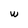
Character: w